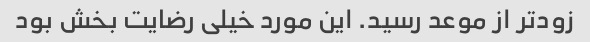
زودتر از موعد رسید. این مورد خیلی رضایت بخش بود